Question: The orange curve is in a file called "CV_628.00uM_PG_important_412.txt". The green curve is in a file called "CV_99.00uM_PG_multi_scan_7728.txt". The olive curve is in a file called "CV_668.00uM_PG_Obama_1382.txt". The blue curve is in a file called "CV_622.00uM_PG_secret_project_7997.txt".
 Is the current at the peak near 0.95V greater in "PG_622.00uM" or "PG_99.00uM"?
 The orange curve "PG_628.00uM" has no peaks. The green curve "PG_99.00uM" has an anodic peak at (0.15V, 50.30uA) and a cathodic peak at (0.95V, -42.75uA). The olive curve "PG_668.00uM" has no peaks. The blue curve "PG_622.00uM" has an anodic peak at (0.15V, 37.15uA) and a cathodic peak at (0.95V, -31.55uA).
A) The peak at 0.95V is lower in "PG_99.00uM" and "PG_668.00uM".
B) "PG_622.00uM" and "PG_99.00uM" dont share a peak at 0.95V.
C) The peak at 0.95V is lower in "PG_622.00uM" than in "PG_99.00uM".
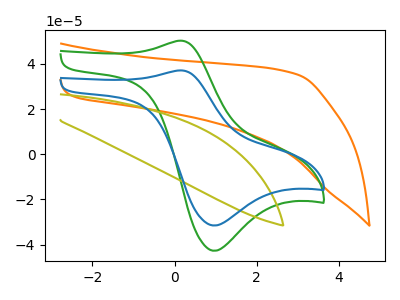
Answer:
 <answer>C) The peak at 0.95V is lower in "PG_622.00uM" than in "PG_99.00uM".</answer>
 <eval>C</eval>